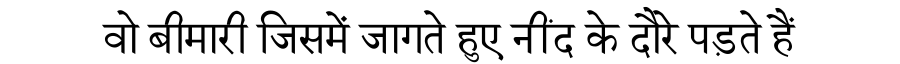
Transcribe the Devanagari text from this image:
वो बीमारी जिसमें जागते हुए नींद के दौरे पड़ते हैं